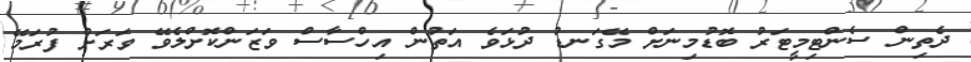
ދެތިން ސެންޓިމީޓަރު ބޮޑުމިނަށް މޭގަނޑު ދުޅަވެ އަތުން އިހްސާސް ވަޒަންކޮށްލެވޭ ވަރަށް ފުރަމޭ